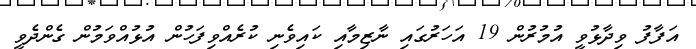
އަފާފު ވިދާޅުވީ އުމުރުން 19 އަހަރުގައި ނާޒިމާއި ކައިވެނި ކުރެއްވިފަހުން އުޅުއްވަމުން ގެންދެވީ